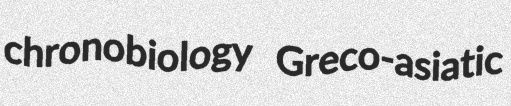
chronobiology Greco-asiatic